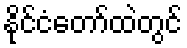
နိုင်ငံတော်ထဲတွင်